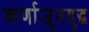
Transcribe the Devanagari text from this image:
कर्णाजुनयुद्ध